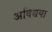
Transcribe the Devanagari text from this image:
अविद्यया